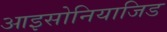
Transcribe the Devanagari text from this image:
आइसोनियाजिड